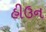
હીઉન